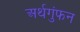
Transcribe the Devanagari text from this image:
अर्थगुंफन